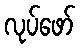
လုပ်ဖော်